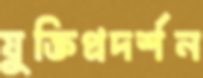
যুক্তিপ্রদর্শন